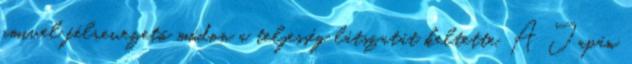
amivel félrevezető módon a teljesség látszatát keltette. A Japán